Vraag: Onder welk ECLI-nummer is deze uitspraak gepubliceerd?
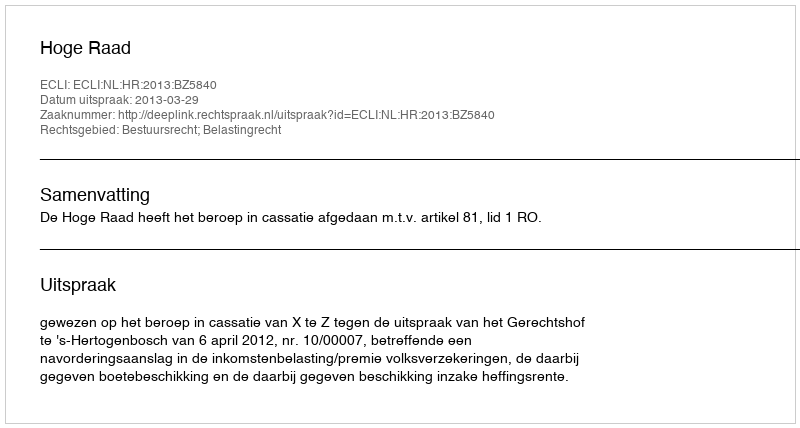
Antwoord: ECLI:NL:HR:2013:BZ5840